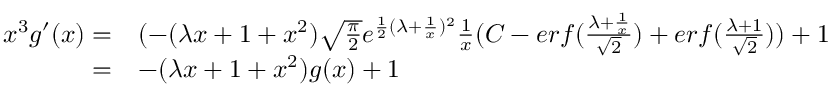
\begin{array} { r l } { x ^ { 3 } g ^ { \prime } ( x ) = } & { ( - ( \lambda x + 1 + x ^ { 2 } ) \sqrt { \frac { \pi } { 2 } } e ^ { \frac { 1 } { 2 } ( \lambda + \frac { 1 } { x } ) ^ { 2 } } \frac { 1 } { x } ( C - e r f ( \frac { \lambda + \frac { 1 } { x } } { \sqrt { 2 } } ) + e r f ( \frac { \lambda + 1 } { \sqrt { 2 } } ) ) + 1 } \\ { = } & { - ( \lambda x + 1 + x ^ { 2 } ) g ( x ) + 1 } \end{array}